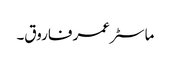
ماسٹر عمر فاروق۔